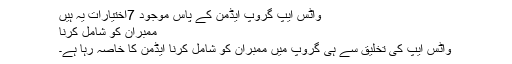
واٹس ایپ گروپ ایڈمن کے پاس موجود 7اختیارات یہ ہیں
ممبران کو شامل کرنا
واٹس ایپ کی تخلیق سے ہی گروپ میں ممبران کو شامل کرنا ایڈمن کا خاصہ رہا ہے۔